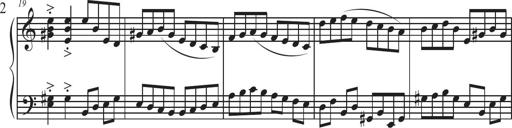
Title: Sonatina Espania
Composer: Jerald Franklin Archer
Key: Various